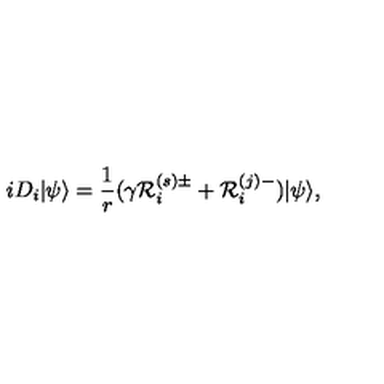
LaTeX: i D _ { i } | \psi \rangle = \frac { 1 } { r } ( \gamma { \cal R } _ { i } ^ { ( s ) \pm } + { \cal R } _ { i } ^ { ( j ) - } ) | \psi \rangle , \nonumber